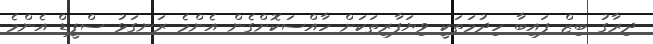
ދިރާގު ބިޒް ފައިބާ ހިދުމަތަކީ ވިޔަފާރިތަކަށް ހާއްސަކޮށްގެން އެންމެ ރަނގަޅު ސްޕީޑް އެންމެ